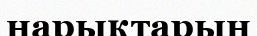
нарықтарын